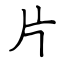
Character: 片